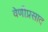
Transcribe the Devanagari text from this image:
वेणीप्रसाद